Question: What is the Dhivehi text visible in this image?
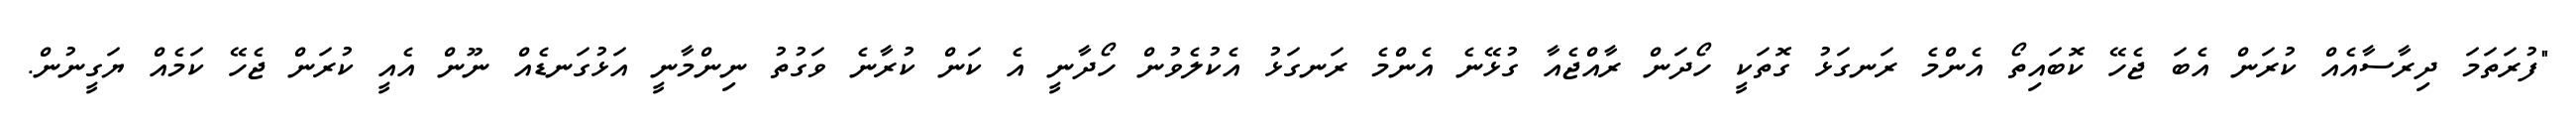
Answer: "ފުރަތަމަ ދިރާސާއެއް ކުރަން އެބަ ޖެހޭ ކޮބައިތޯ އެންމެ ރަނގަޅު ގޮތަކީ ހޯދަން ރާއްޖެއާ ގުޅޭނެ އެންމެ ރަނގަޅު އެކުލެވުން ހޯދާނީ އެ ކަން ކުރާނެ ވަގުތު ނިންމާނީ އަޅުގަނޑެއް ނޫން އެއީ ކުރަން ޖެހޭ ކަމެއް ޔަގީނުން.